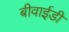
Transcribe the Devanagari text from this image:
बीवाईडी